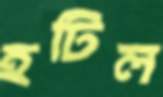
হটিল